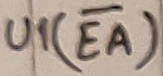
Text: U1(EA)